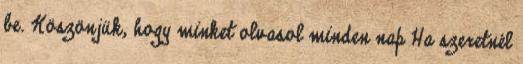
be. Köszönjük, hogy minket olvasol minden nap Ha szeretnél